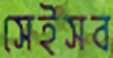
সেইসব